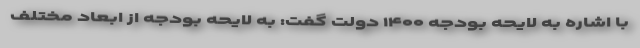
با اشاره به لایحه بودجه ۱۴۰۰ دولت گفت: به لایحه بودجه از ابعاد مختلف